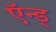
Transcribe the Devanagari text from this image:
ऍन्ड्